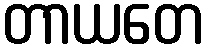
တာယတေ